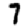
Digit: 7